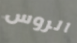
الروس